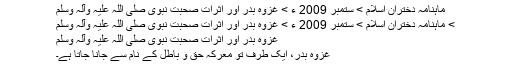
ماہنامہ دختران اسلام > ستمبر 2009 ء > غزوہ بدر اور اثرات صحبت نبوی صلی اللہ علیہ وآلہ وسلم
> ماہنامہ دختران اسلام > ستمبر 2009 ء > غزوہ بدر اور اثرات صحبت نبوی صلی اللہ علیہ وآلہ وسلم
غزوہ بدر اور اثرات صحبت نبوی صلی اللہ علیہ وآلہ وسلم
غزوہ بدر، ایک طرف تو معرکہ حق و باطل کے نام سے جانا جاتا ہے۔